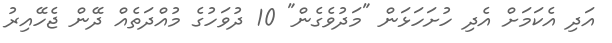
އަދި އެކަމަށް އެދި ހުށަހަޅަން "މަދުވެގެން" 10 ދުވަހުގެ މުއްދަތެއް ދޭން ޖެހޭއިރު